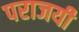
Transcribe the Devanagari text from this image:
पराजयी